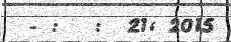
- :   :  21